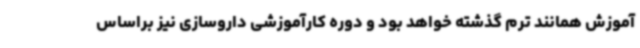
آموزش همانند ترم گذشته خواهد بود و دوره کارآموزشی داروسازی نیز براساس